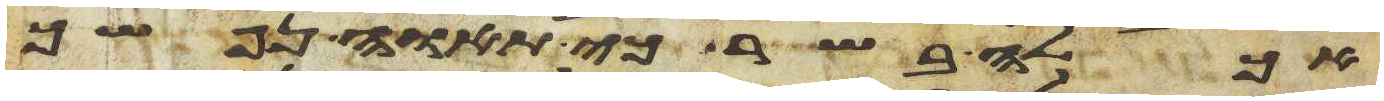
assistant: אכלה בשר כי תאוה נפשך